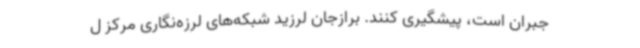
جبران است، پیشگیری کنند. برازجان لرزید شبکه‌های لرزه‌نگاری مرکز ل